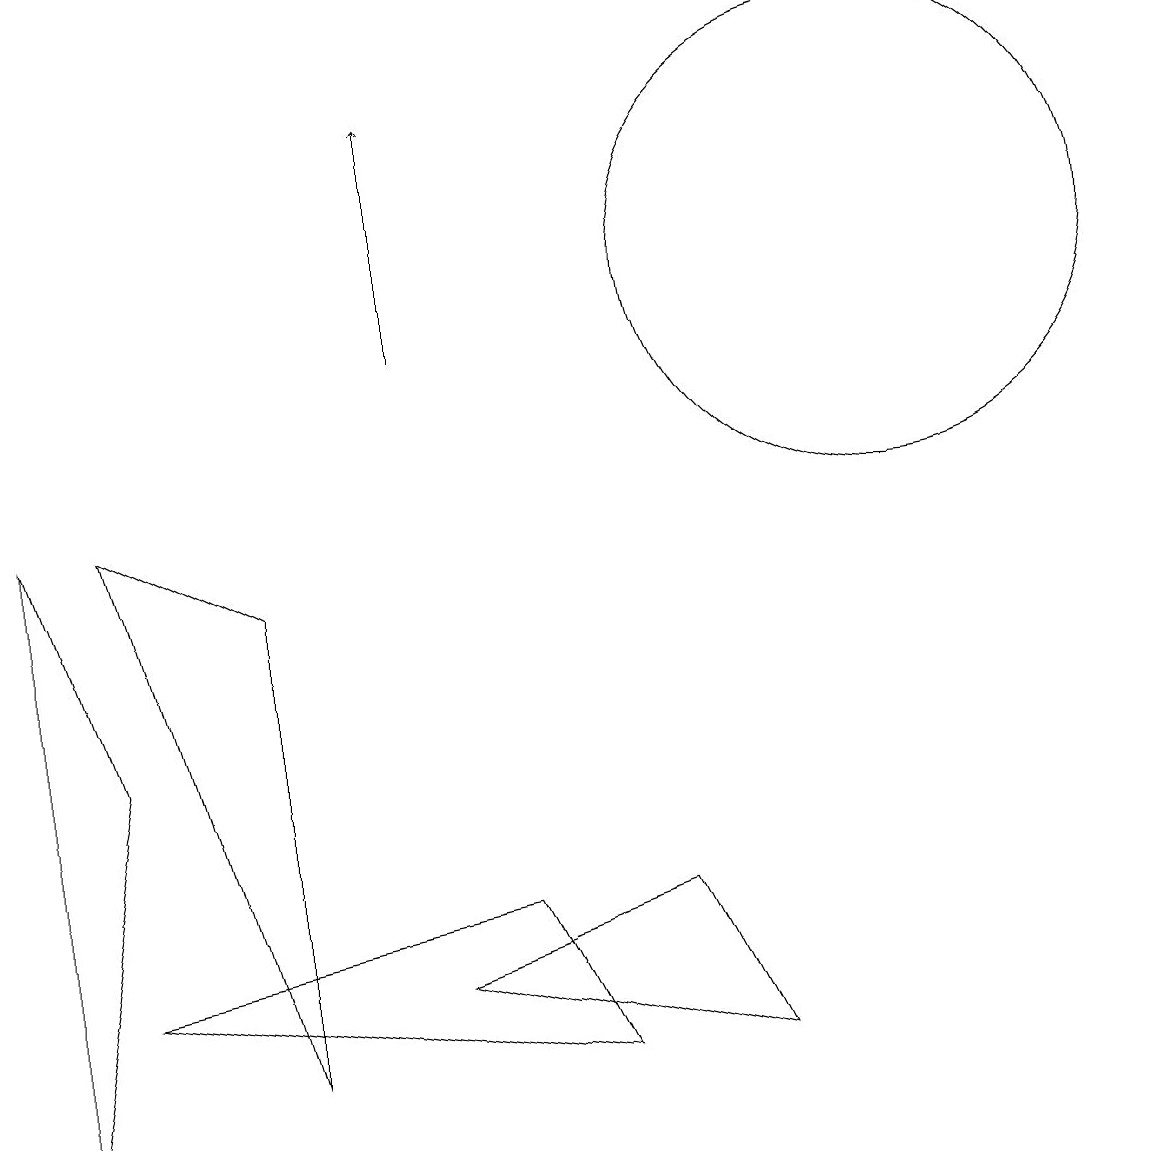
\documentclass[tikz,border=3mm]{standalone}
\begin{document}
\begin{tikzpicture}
\draw (9,1) -- (8,3) -- (5,2) -- cycle;
\draw[->] (5,10) -- (5,13);
\draw (6,3) -- (7,1) -- (1,2) -- cycle;
\draw (12,10) circle (0);
\draw (1,5) -- (0,0) -- (0,8) -- cycle;
\draw (11,11) circle (3);
\draw (1,8) -- (3,7) -- (3,1) -- cycle;
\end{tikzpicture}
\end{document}